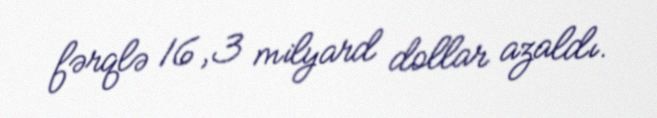
fərqlə 16,3 milyard dollar azaldı.